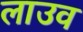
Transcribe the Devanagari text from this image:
लाउव